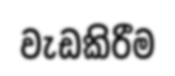
වැඩකිරීම